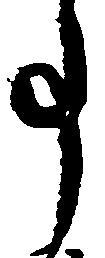
事